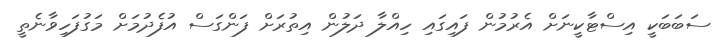
ސަބަބަކީ އިސްޓާކީނަށް އެރުމުން ފައިގައި ހިއްލާ ދަލުން އިތުރަށް ފަންގަސް އުފެދުމަށް މަގުފަހިވާނެތީ